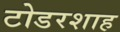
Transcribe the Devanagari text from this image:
टोडरशाह